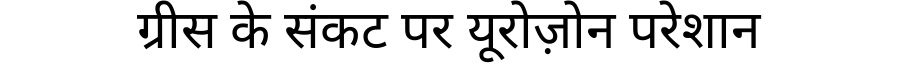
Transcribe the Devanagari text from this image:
ग्रीस के संकट पर यूरोज़ोन परेशान